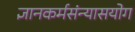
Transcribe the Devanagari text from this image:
ज्ञानकर्मसंन्यासयोग